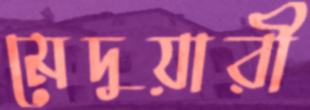
মেদুয়ারী